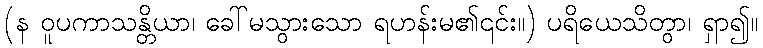
(န ဝူပကာသန္တိယာ၊ ခေါ်မသွားသော ရဟန်းမ၏၎င်း။) ပရိယေသိတွာ၊ ရှာ၍။